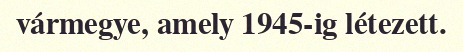
vármegye, amely 1945-ig létezett.